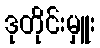
ဒုတိုင်းမှူး